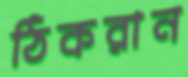
ঠিকরান